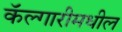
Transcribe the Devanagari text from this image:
कॅल्गारीमधील